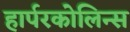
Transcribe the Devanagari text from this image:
हार्परकोलिन्स